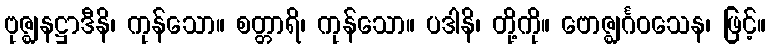
ဗုဇ္ဈနဋ္ဌာဒီနိ၊ ကုန်သော။ စတ္တာရိ၊ ကုန်သော။ ပဒါနိ၊ တို့ကို။ ဗောဇ္ဈင်္ဂဝသေန၊ ဖြင့်။